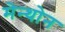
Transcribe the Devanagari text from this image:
मेन्थोन